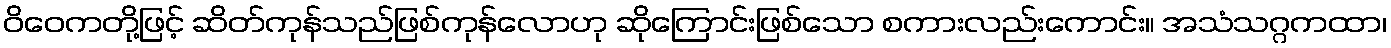
ဝိဝေကတို့ဖြင့် ဆိတ်ကုန်သည်ဖြစ်ကုန်လောဟု ဆိုကြောင်းဖြစ်သော စကားလည်းကောင်း။ အသံသဂ္ဂကထာ၊